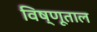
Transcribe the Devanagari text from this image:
विष्णूताल